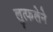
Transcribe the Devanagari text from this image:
लुत्फलेने